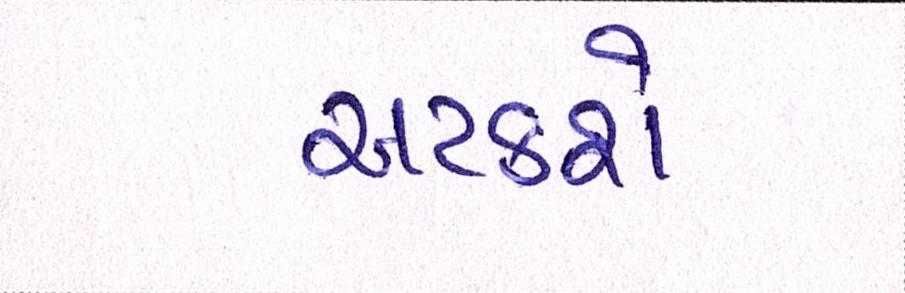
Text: અટકશે